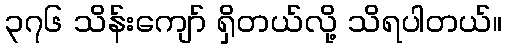
၃၇၆ သိန်းကျော် ရှိတယ်လို့ သိရပါတယ်။